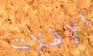
الإفلات